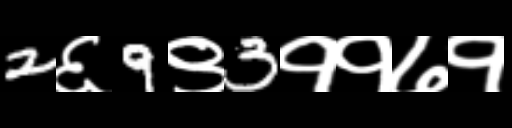
Text: 2६9९3११७१